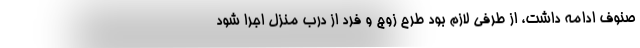
صنوف ادامه داشت، از طرفی لازم بود طرح زوج و فرد از درب منزل اجرا شود